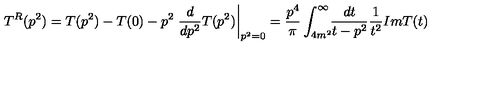
T ^ { R } ( p ^ { 2 } ) = T ( p ^ { 2 } ) - T ( 0 ) - p ^ { 2 } \left. \frac { d } { d p ^ { 2 } } T ( p ^ { 2 } ) \right| _ { p ^ { 2 } = 0 } = \frac { p ^ { 4 } } { \pi } \int _ { 4 m ^ { 2 } } ^ { \infty } \! \! \frac { d t } { t - p ^ { 2 } } \frac { 1 } { t ^ { 2 } } I m T ( t )